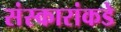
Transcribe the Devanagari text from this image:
संस्कारांकडे